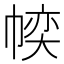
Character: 𱜱